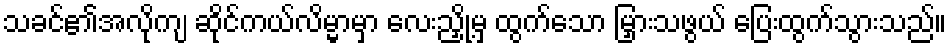
သခင်၏အလိုကျ ဆိုင်ကယ်လိမ္မာမှာ လေးညှို့မှ ထွက်သော မြှားသဖွယ် ပြေးထွက်သွားသည်။